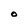
Character: 0